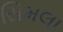
સિમલા